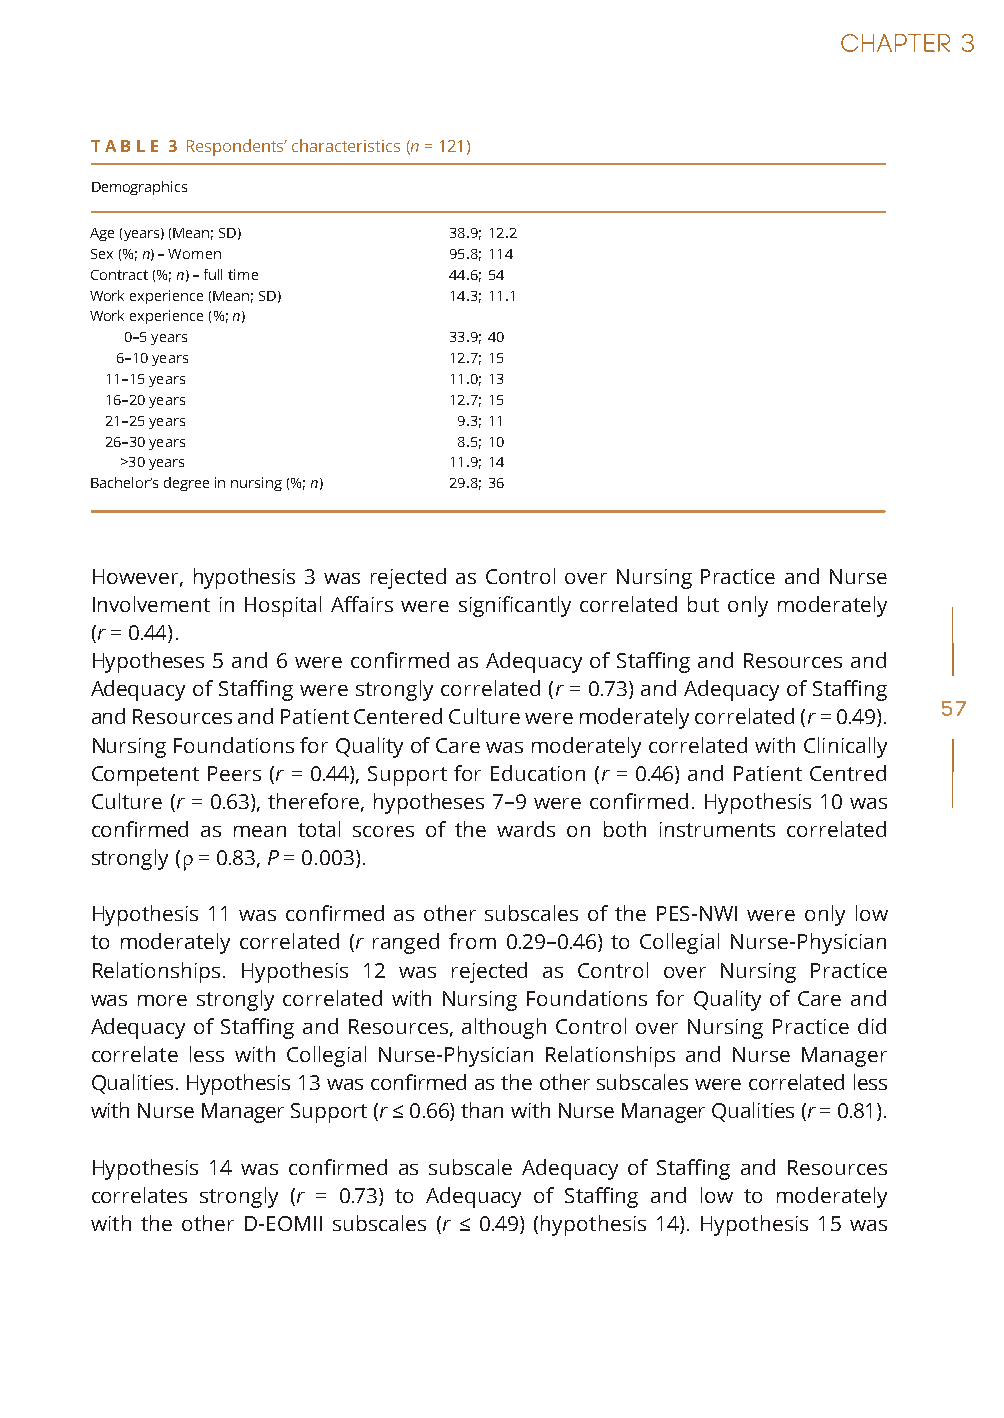
T A B L E 3 Respondents’ characteristics (n = 121)
 Demographics
 Age (years) (Mean; SD)  38.9; 12.2
 Sex (%; n) – Women      95.8; 114
 Contract (%; n) – full time 44.6; 54
 Work experience (Mean; SD) 14.3; 11.1
 Work experience (%; n)
 0–5 years             33.9; 40
 6–10 years            12.7; 15
 11–15 years            11.0; 13
 16–20 years            12.7; 15
 21–25 years            9.3; 11
 26–30 years            8.5; 10
 >30 years             11.9; 14
 Bachelor’s degree in nursing (%; n) 29.8; 36
 However, hypothesis 3 was rejected as Control over Nursing Practice and Nurse
 Involvement in Hospital Affairs were significantly correlated but only moderately
 (r = 0.44).
 Hypotheses 5 and 6 were confirmed as Adequacy of Staffing and Resources and
 Adequacy of Staffing were strongly correlated (r = 0.73) and Adequacy of Staffing
 57
 and Resources and Patient Centered Culture were moderately correlated (r = 0.49).
 Nursing Foundations for Quality of Care was moderately correlated with Clinically
 Competent Peers (r = 0.44), Support for Education (r = 0.46) and Patient Centred
 Culture (r = 0.63), therefore, hypotheses 7–9 were confirmed. Hypothesis 10 was
 confirmed as mean total scores of the wards on both instruments correlated
 strongly (ρ = 0.83, P = 0.003).
 Hypothesis 11 was confirmed as other subscales of the PES-NWI were only low
 to moderately correlated (r ranged from 0.29–0.46) to Collegial Nurse-Physician
 Relationships. Hypothesis 12 was rejected as Control over Nursing Practice
 was more strongly correlated with Nursing Foundations for Quality of Care and
 Adequacy of Staffing and Resources, although Control over Nursing Practice did
 correlate less with Collegial Nurse-Physician Relationships and Nurse Manager
 Qualities. Hypothesis 13 was confirmed as the other subscales were correlated less
 with Nurse Manager Support (r ≤ 0.66) than with Nurse Manager Qualities (r = 0.81).
 Hypothesis 14 was confirmed as subscale Adequacy of Staffing and Resources
 correlates strongly (r = 0.73) to Adequacy of Staffing and low to moderately
 with the other D-EOMII subscales (r ≤ 0.49) (hypothesis 14). Hypothesis 15 was